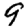
Digit: 9